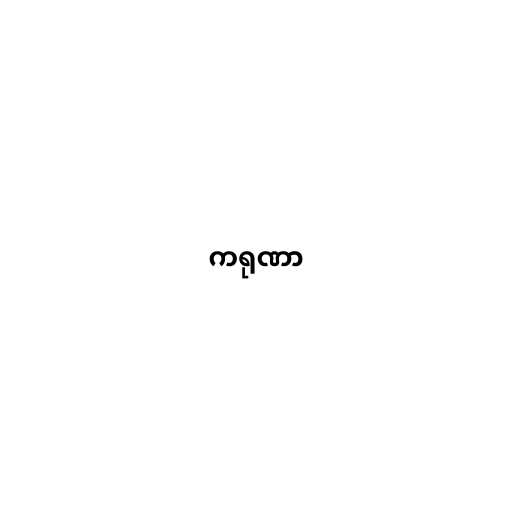
ကရုဏာ